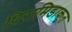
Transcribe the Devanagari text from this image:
पिरामिडाकृत